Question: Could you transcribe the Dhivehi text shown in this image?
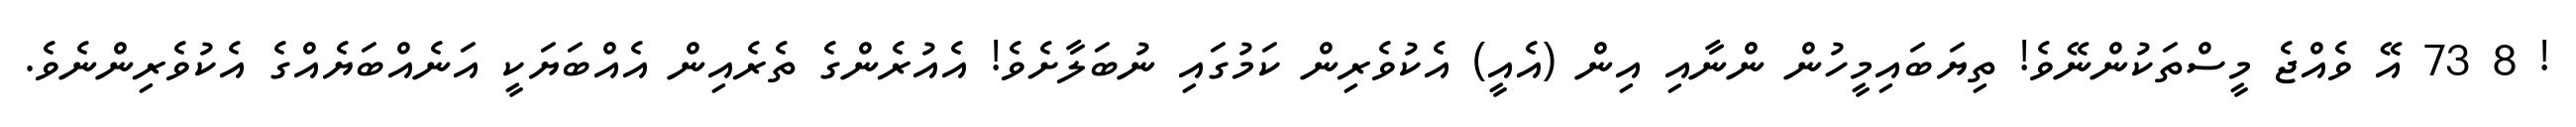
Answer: ! 8 73 އޭ ވެއްޖެ މީސްތަކުންނޭވެ! ތިޔަބައިމީހުން ންނާއި އިން (އެއީ) އެކުވެރިން ކަމުގައި ނުބަލާށެވެ! އެއުރެންގެ ތެރެއިން އެއްބަޔަކީ އަނެއްބަޔެއްގެ އެކުވެރިންނެވެ.